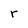
Character: r